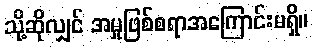
သို့ဆိုလျှင် အမှုဖြစ်စရာအကြောင်းမရှိ။